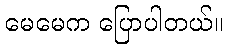
မေမေက ပြောပါတယ်။